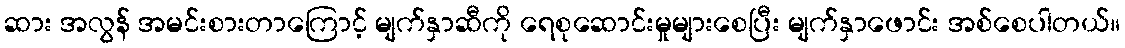
ဆား အလွန် အမင်းစားတာကြောင့် မျက်နှာဆီကို ရေစုဆောင်းမှုများစေပြီး မျက်နှာဖောင်း အစ်စေပါတယ်။